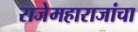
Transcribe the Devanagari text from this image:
राजेमहाराजांचा